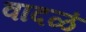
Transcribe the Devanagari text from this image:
वादळं